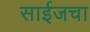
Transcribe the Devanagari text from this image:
साईजचा